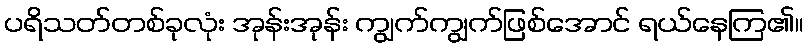
ပရိသတ်တစ်ခုလုံး အုန်းအုန်း ကျွက်ကျွက်ဖြစ်အောင် ရယ်နေကြ၏။